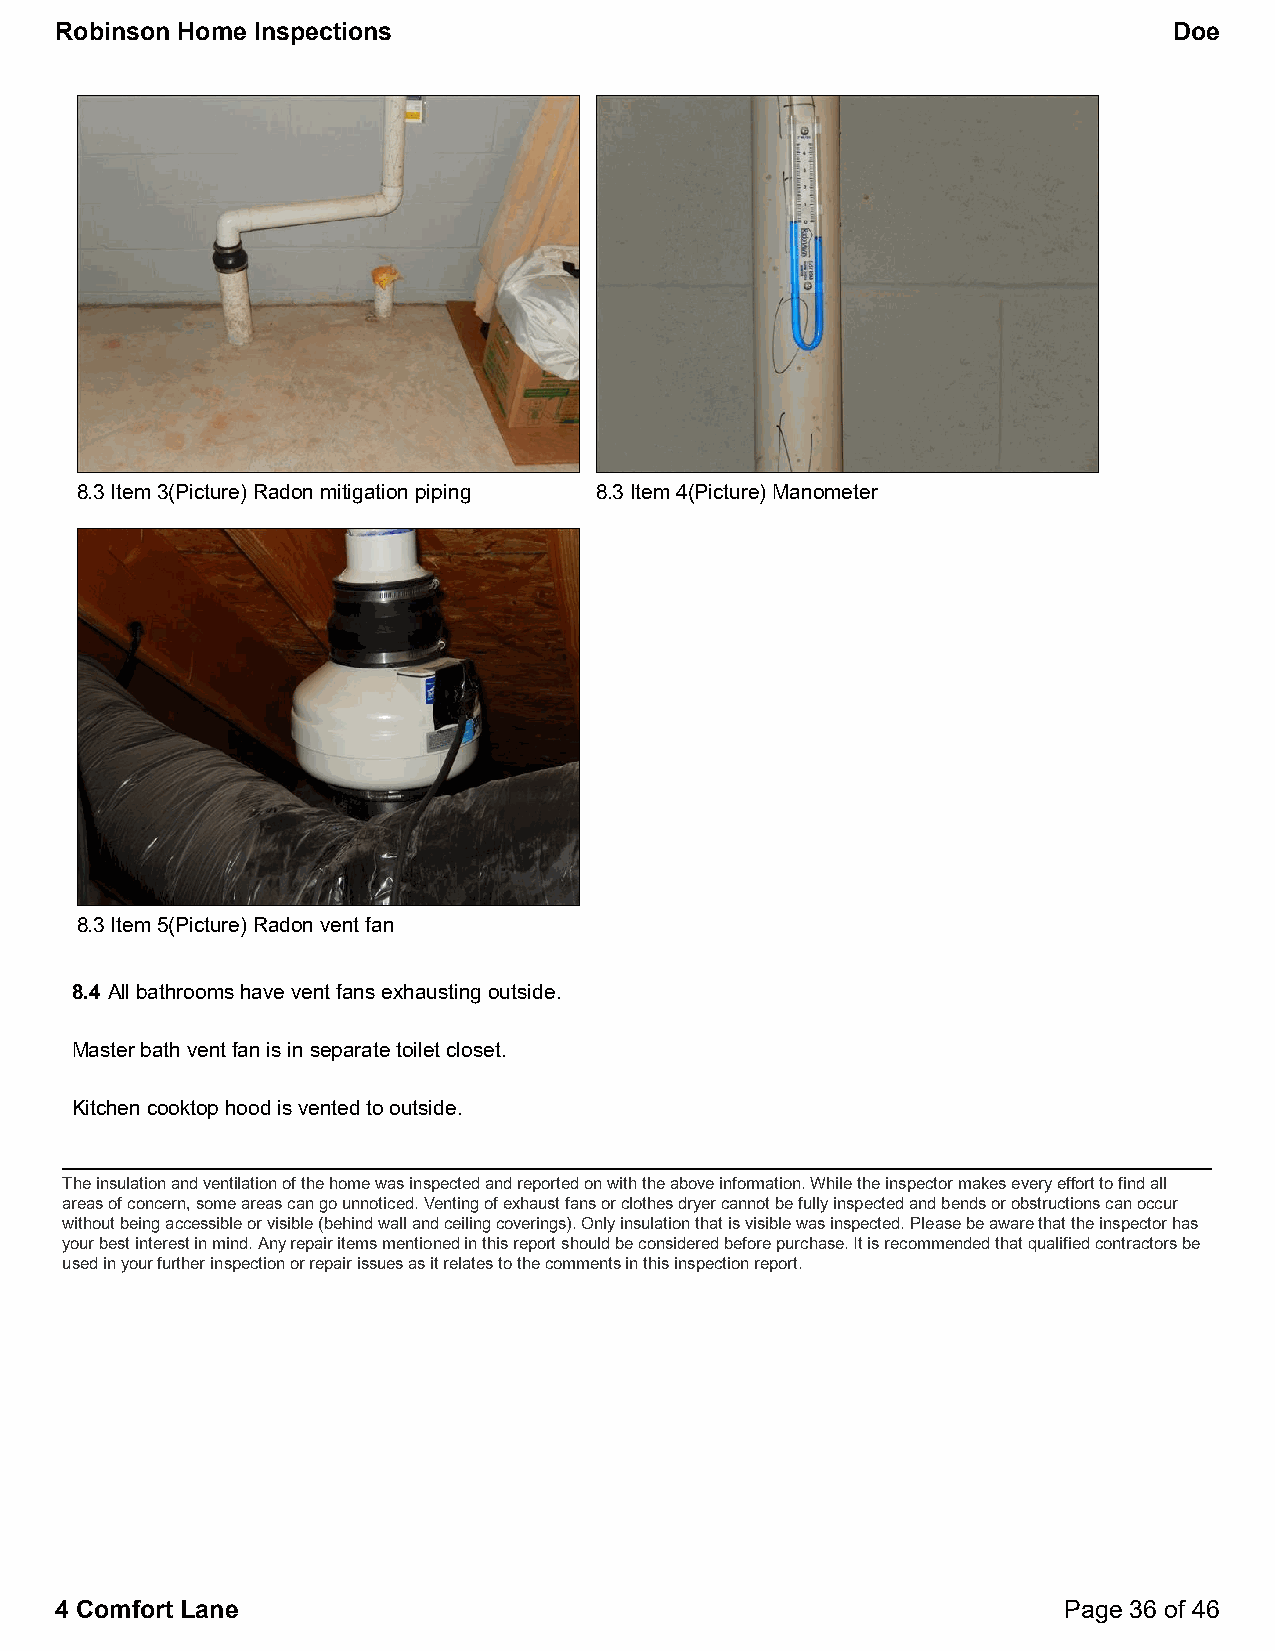
Robinson Home Inspections                                                 Doe
 8.3 Item 3(Picture) Radon mitigation piping 8.3 Item 4(Picture) Manometer
 8.3 Item 5(Picture) Radon vent fan
 8.4 All bathrooms have vent fans exhausting outside.
 Master bath vent fan is in separate toilet closet.
 Kitchen cooktop hood is vented to outside.
 The insulation and ventilation of the home was inspected and reported on with the above information. While the inspector makes every effort to find all
 areas of concern, some areas can go unnoticed. Venting of exhaust fans or clothes dryer cannot be fully inspected and bends or obstructions can occur
 without being accessible or visible (behind wall and ceiling coverings). Only insulation that is visible was inspected. Please be aware that the inspector has
 your best interest in mind. Any repair items mentioned in this report should be considered before purchase. It is recommended that qualified contractors be
 used in your further inspection or repair issues as it relates to the comments in this inspection report.
 4 Comfort Lane                                                    Page 36 of 46